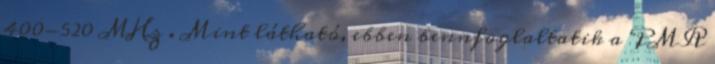
400-520 MHz . Mint látható, ebben bennfoglaltatik a PMR